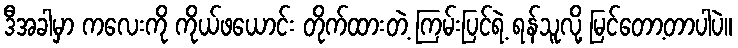
ဒီအခါမှာ ကလေးကို ကိုယ်ဖယောင်း တိုက်ထားတဲ့ ကြမ်းပြင်ရဲ့ ရန်သူလို့ မြင်တော့တာပါပဲ။